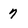
Character: 7